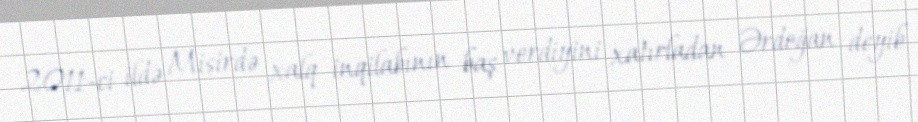
2011-ci ildə Misirdə xalq inqilabının baş verdiyini xatırladan Ərdoğan deyib